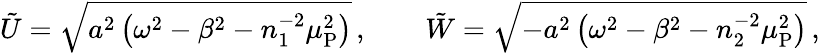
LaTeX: \tilde{U}=\sqrt{a^{2}\left(\omega^{2}-\beta^{2}-n_{1}^{-2}\mu_{\mathrm{P}}^{2}\right)}\, ,\qquad\tilde{W}=\sqrt{-a^{2}\left(\omega^{2}-\beta^{2}-n_{2}^{-2}\mu_{\mathrm{P}}^{2}\right)}\, ,